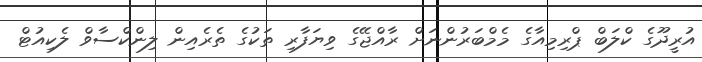
އުރީދޫގެ ކްލަބް ޕްރިމިއާގެ މެމްބަރުންނަށް ރާއްޖޭގެ ވިޔަފާރި ތަކުގެ ތެރެއިން ލިންކްސާވް ލެކިއުޓް